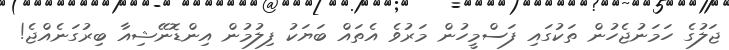
ޖަލުގެ ހަމަނުޖެހުން ތަކުގައި ފަސްމީހުން މަރުވެ އެތައް ބަޔަކު ފިލުމުން އިންޑޮނޭޝިއާ ބިރުގަނެއްޖެ!